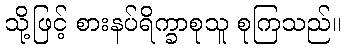
သို့ဖြင့် စားနပ်ရိက္ခာစုသူ စုကြသည်။